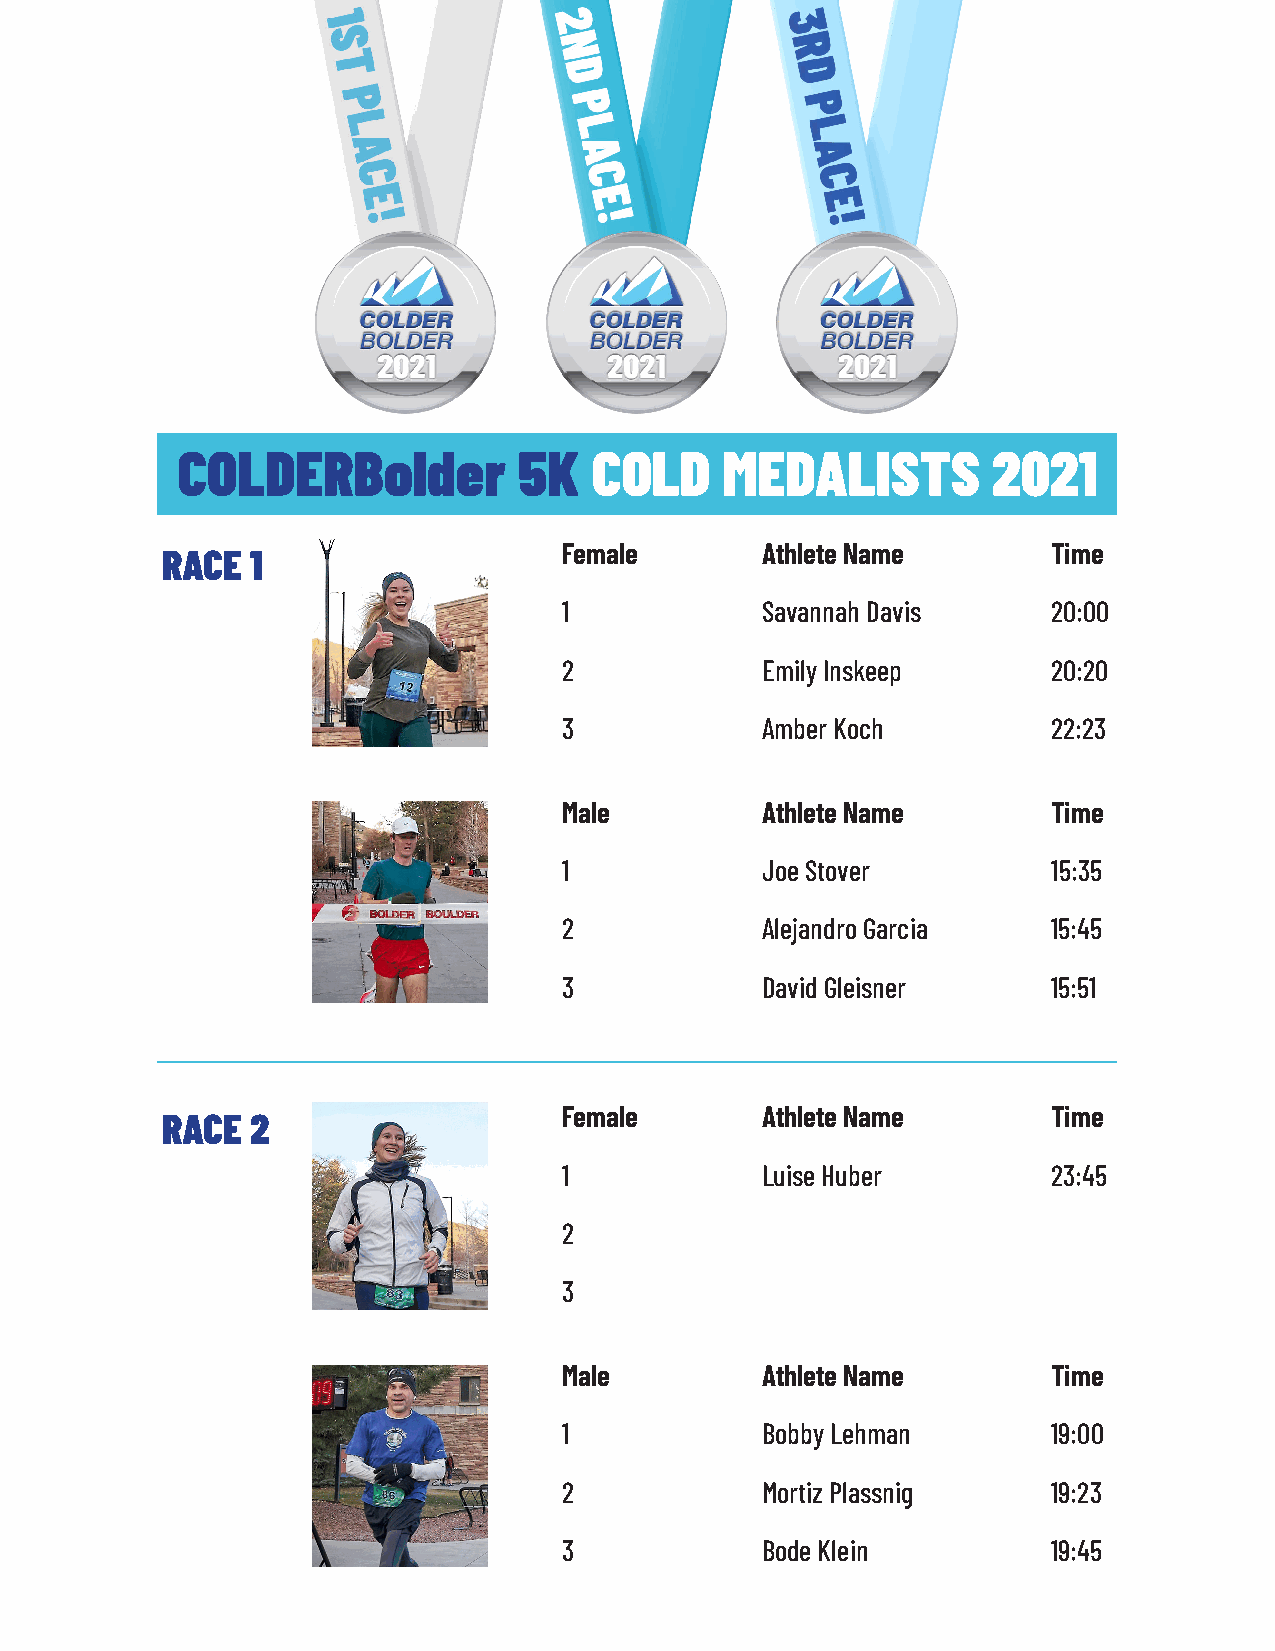
COLDERBolder          5K   COLD     MEDALISTS         2021
 Female       Athlete Name        Time
 RACE  1
 1            Savannah Davis      20:00
 2            Emily Inskeep       20:20
 3            Amber Koch          22:23
 Male         Athlete Name        Time
 1            Joe Stover          15:35
 2            Alejandro Garcia    15:45
 3            David Gleisner      15:51
 Female       Athlete Name        Time
 RACE  2
 1            Luise Huber         23:45
 2
 3
 Male         Athlete Name        Time
 1            Bobby Lehman        19:00
 2            Mortiz Plassnig     19:23
 3            Bode Klein          19:45